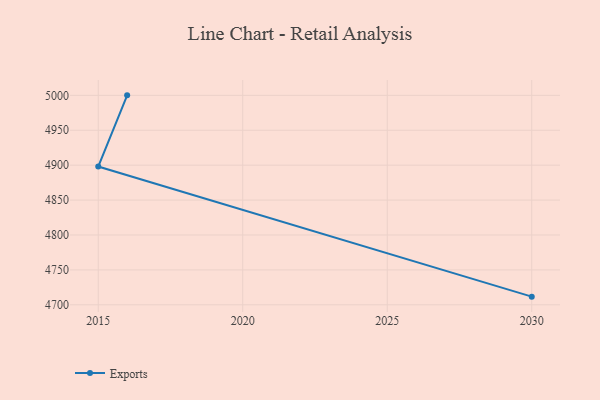
{"axis": {"x": "Year", "y": "Population (Million)"}, "legend": ["Exports"], "data": [{"x": "2030", "y": 4711.7, "type": "Exports"}, {"x": "2015", "y": 4898.1, "type": "Exports"}, {"x": "2016", "y": 5000, "type": "Exports"}]}